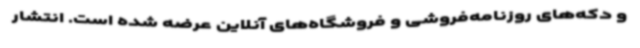
و دکه‌های روزنامه‌فروشی و فروشگاه‌های آنلاین عرضه شده است. انتشار